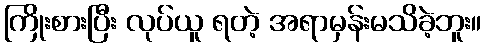
ကြိုးစားပြီး လုပ်ယူ ရတဲ့ အရာမှန်းမသိခဲ့ဘူး။